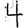
Digit: 4